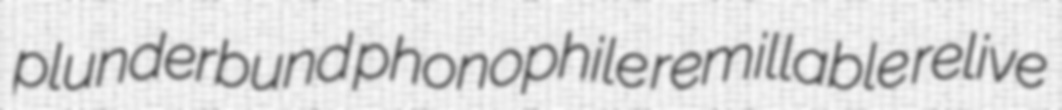
plunderbund phonophile remillable relive